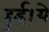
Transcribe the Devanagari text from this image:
हुई।ये